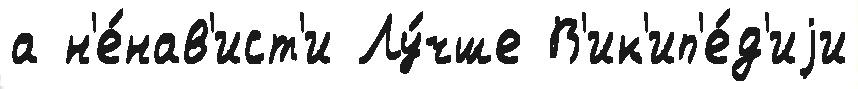
а н'е́нав'ист'и Лу́чше В'ик'ип'е́д'иjи